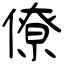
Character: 僚